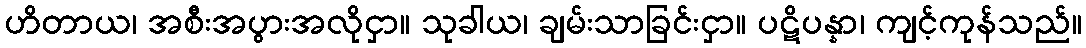
ဟိတာယ၊ အစီးအပွားအလိုငှာ။ သုခါယ၊ ချမ်းသာခြင်းငှာ။ ပဋိပန္နာ၊ ကျင့်ကုန်သည်။